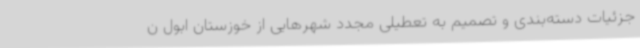
جزئیات دسته‌بندی و تصمیم به تعطیلی مجدد شهرهایی از خوزستان ابول ن